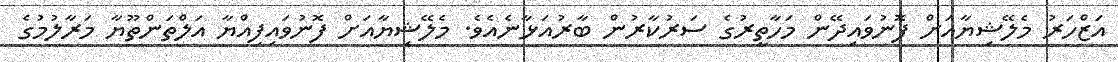
އަޒްހަރު މެލޭޝިޔާއަށް ފޮނުވައިދޭން މަހާތީރުގެ ސަރުކާރުން ބާރުއަޅާނެއެވެ. މެލޭޝިޔާއަށް ފޮނުވައިފިއްޔާ އަލްތަންތޫޔާ މަރާލުމުގެ